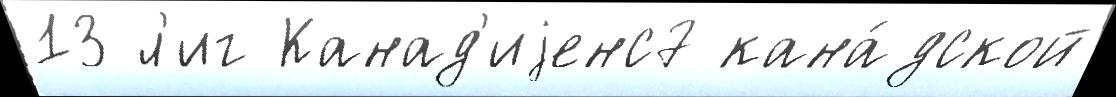
13 л'иг Канад'иjенс7 кана́дской